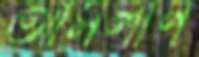
আর্সলান